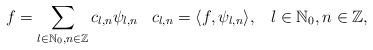
LaTeX: \begin{align*}f = \sum_{l \in \mathbb N_{0}, n \in \mathbb Z} c_{l,n} \psi_{l,n} \;\; \;c_{l,n} =\langle f, \psi_{l,n} \rangle, \;\;\;l \in \mathbb{N}_{0}, n \in \mathbb{Z},\end{align*}